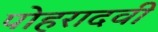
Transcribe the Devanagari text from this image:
पोहरादवी